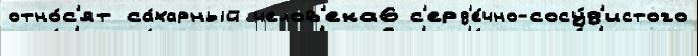
отно́с'ят са́харный челов'ека6 с'ерд'е́чно-сосу́д'истого